Relation of titanus [i.e. tetanus] to the hypodermic or intramuscular injection of quinine - Number 43
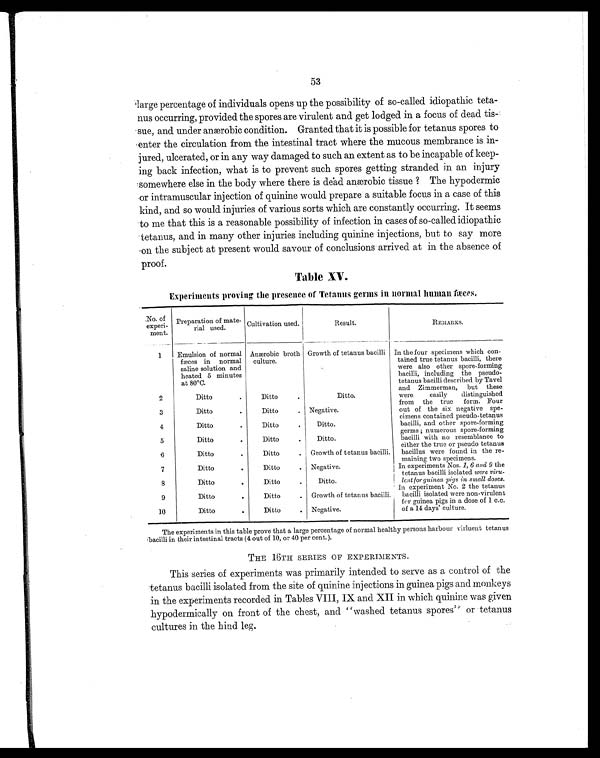
53
large percentage of individuals opens up the possibility of so-called idiopathic teta-
nus occurring, provided the spores are virulent and get lodged in a focus of dead tis-
sue, and under anærobic condition. Granted that it is possible for tetanus spores to
enter the circulation from the intestinal tract where the mucous membrance is in-
jured, ulcerated, or in any way damaged to such an extent as to be incapable of keep-
ing back infection, what is to prevent such spores getting stranded in an injury
somewhere else in the body where there is dead anærobic tissue? The hypodermic
or intramuscular injection of quinine would prepare a suitable focus in a case of this
kind, and so would injuries of various sorts which are constantly occurring. It seems
to me that this is a reasonable possibility of infection in cases of so-called idiopathic
tetanus, and in many other injuries including quinine injections, but to say more
on the subject at present would savour of conclusions arrived at in the absence of
proof.
Table XV.
Experiments proving the presence of Tetanus germs in normal human fæces.
No. of
experi-
ment.
Preparation of mate-
rial used.
Cultivation used.
Result.
REMARKS.
1
Emulsion of normal
fæces in normal
saline solution and
heated 5 minutes
at 80°C.
Anærobic broth
culture.
Growth of tetanus bacilli In the four specimens which con-
tained true tetanus bacilli, there
were also other spore-forming
bacilli, including the pseudo-
tetanus bacilli described by Tavel
and Zimmerman, but these
were easily distinguished
from the true form. Four
out of the six negative spe-
cimens contained pseudo- tetanus
bacilli, and other spore-forming
germs ; numerous spore-forming
bacilli with no resemblance to
either the true or pseudo tetanus
bacillus were found in the re-
maining two specimens.
2
Ditto
.
Ditto
.
Ditto.
3
Ditto
.
Ditto
. Negative.
4
Ditto
.
Ditto
.
Ditto.
5
Ditto
.
Ditto
.
Ditto.
6
Ditto
.
Ditto
. Growth of tetanus bacilli.
7
Ditto
.
Ditto
. Negative.
In experiments Nos. 1, 6 and 9 the
tetanus bacilli isolated were viru-
lent for guinea pigs in small doses.
8
Ditto
.
Ditto
.
Ditto.
9
Ditto
.
Ditto
. Growth of tetanus bacilli.
In experiment No. 2 the tetanus
bacilli isolated were non-virulent
for guinea pigs in a dose of 1 c.c.
of a 14 days' culture.
10
Ditto
.
Ditto
. Negative.
The experiments in this table prove that a large percentage of normal healthy persons harbour virluent tetanus
bacilli in their intestinal tracts (4 out of 10, or 40 per cent.).
THE 16TH SERIES OF EXPERIMENTS.
This series of experiments was primarily intended to serve as a control of the
tetanus bacilli isolated from the site of quinine injections in guinea pigs and monkeys
in the experiments recorded in Tables VIII, IX and XII in which quinine was given
hypodermically on front of the chest, and "washed tetanus spores" or tetanus
cultures in the hind leg.